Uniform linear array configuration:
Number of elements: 12
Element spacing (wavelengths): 1
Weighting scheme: hamming
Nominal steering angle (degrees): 45
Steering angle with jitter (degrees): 43.901
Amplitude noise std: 0.05
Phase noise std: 0.05

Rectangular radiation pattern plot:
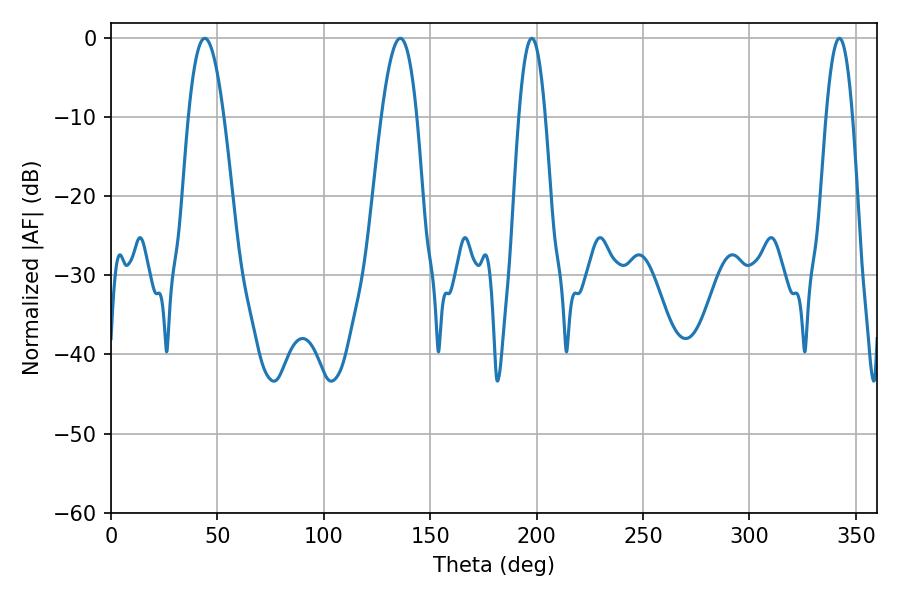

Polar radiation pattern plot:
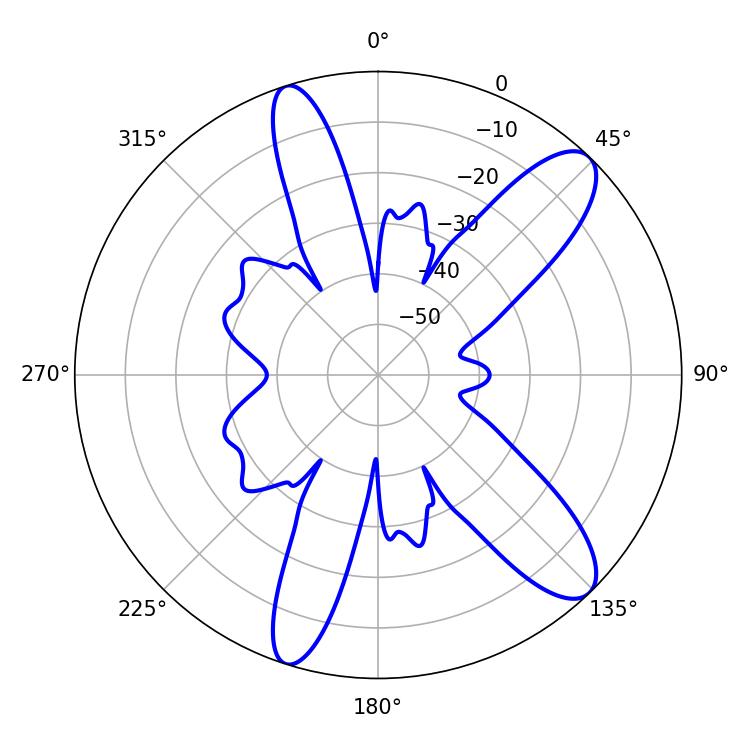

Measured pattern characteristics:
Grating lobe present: TRUE
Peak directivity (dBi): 10.966
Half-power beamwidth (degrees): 9
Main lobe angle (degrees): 44.1